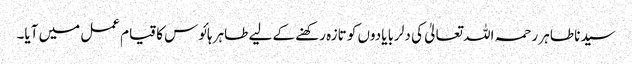
سیدنا طاہر رحمہ اللہ تعالیٰ کی دلربا یادوں کو تازہ رکھنے کے لیے طاہر ہائوس کا قیام عمل میں آیا۔